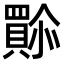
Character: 𫣿